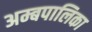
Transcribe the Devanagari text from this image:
अम्बपालिका